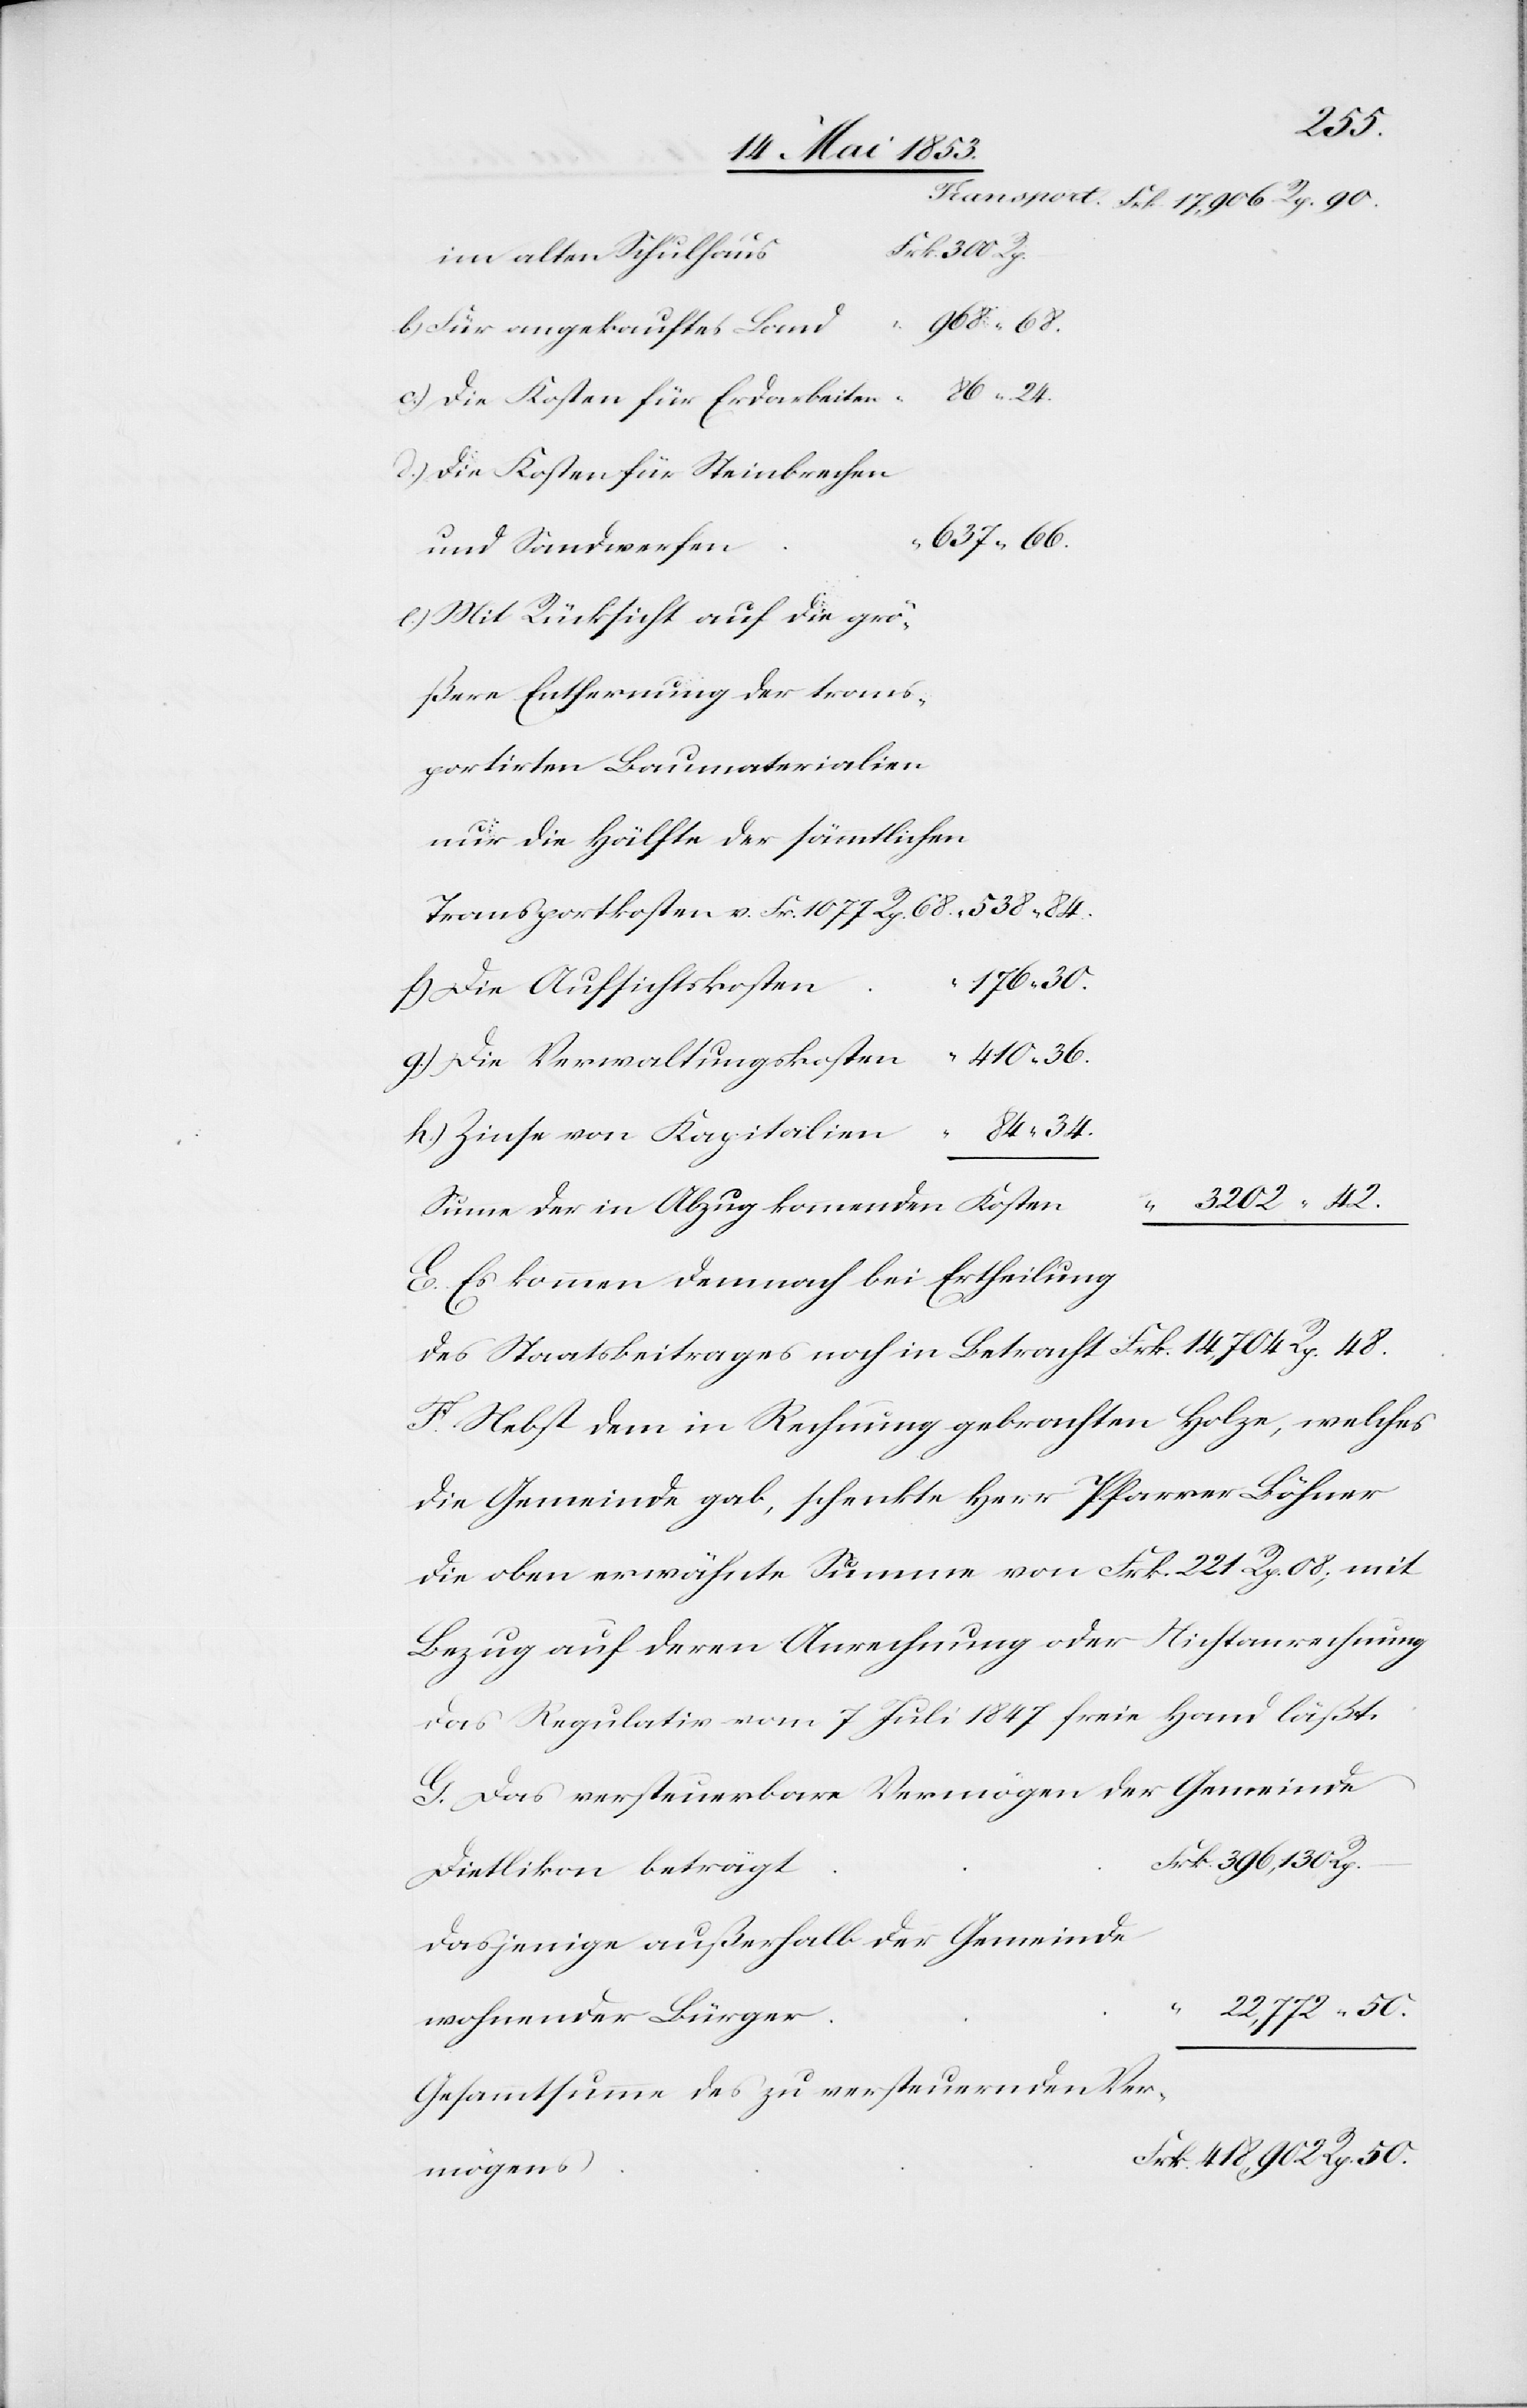
Rp.
Transport	Frk. 17,096 Rp. 90.
s	Frk. 300 Rp.
im alten Schulhau¬
b) Für ungekauftes Land
n
c) Die Kosten für Erdarbeiten
d) Die Kosten für Steinbrechen
Rp. 50.
und Sandwerfen
e) Mit Rücksicht auf die grö¬
portirten Baumaterialien
nur die Hälfte der sämmtlichen
Transportkosten v. Fr. 1077 Rp. 68	“	538	“	84.
g) Die Verwaltungskosten	“	410	“	36.
h) Zinse von Kapitalkosten	“
–
Summe der in Abzug kommenden Koste¬
E. Es kommen demnach bei Ertheilung
des Staatsbeitrages noch in Betracht Frk. 14,704 Rp. 48.
F. Nebst dem in Rechnung gebrachten Holze, welches
die Gemeinde gab, schenkte Herr Pfarrer Böhner
die oben erwähnte Summe von Frk. 221 Rp. 08, mit
Bezug auf deren Anrechnung oder Nichtanrechnung
das Regulativ vom 7 Juli 1847 freie Hand läßt.
G. Das versteuerbare Vermögen der Gemeinde
dasjenige außerhalb der Gemeinde
Gesammtsumme des zu versteuernden